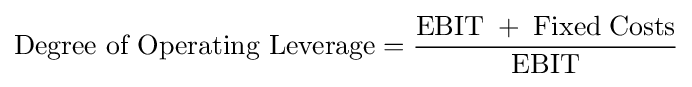
{\text{Degree of Operating Leverage}}={\frac {\mathrm {EBIT\;+\;Fixed\;Costs} }{\mathrm {EBIT} }}